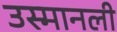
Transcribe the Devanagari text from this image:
उस्मानली